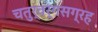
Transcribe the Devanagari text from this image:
चतुर्वर्गसग्रह